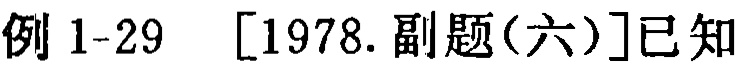
例 1-29  [1978.副题(六)]已知